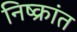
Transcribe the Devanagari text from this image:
निष्क्रांत